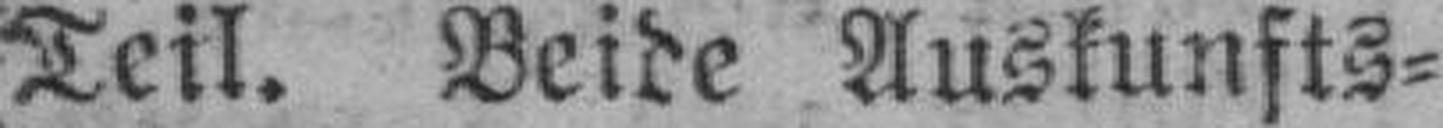
Teil. Beide Auskunfts¬